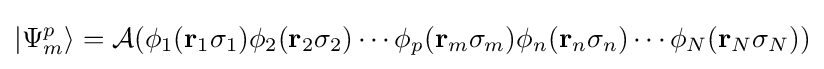
|\Psi _{m}^{p}\rangle ={\mathcal {A}}(\phi _{1}(\mathbf {r} _{1}\sigma _{1})\phi _{2}(\mathbf {r} _{2}\sigma _{2})\cdots \phi _{p}(\mathbf {r} _{m}\sigma _{m})\phi _{n}(\mathbf {r} _{n}\sigma _{n})\cdots \phi _{N}(\mathbf {r} _{N}\sigma _{N}))